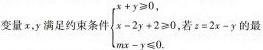
变量x，y满足约束条件 $$\begin{cases} x+y \geqslant 0, \\\\ x-2y+2 \geqslant 0, \\\\ mx-y \leqslant 0. \end{cases}$$ =2x-y的最